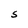
Character: S